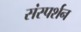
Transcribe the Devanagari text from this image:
संस्पर्शन